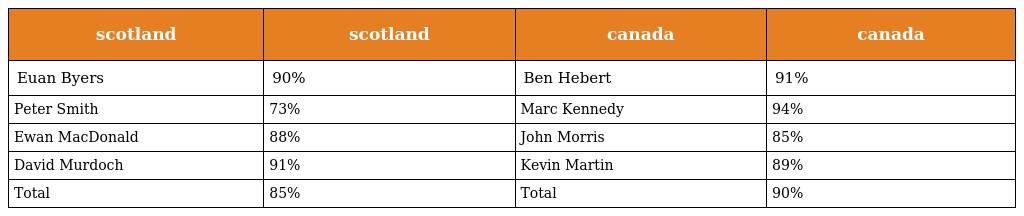
| scotland | scotland | canada | canada |
 | --- | --- | --- | --- |
 | Euan Byers | 90% | Ben Hebert | 91% |
 | Peter Smith | 73% | Marc Kennedy | 94% |
 | Ewan MacDonald | 88% | John Morris | 85% |
 | David Murdoch | 91% | Kevin Martin | 89% |
 | Total | 85% | Total | 90% |